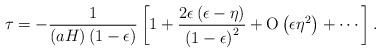
LaTeX: \begin{align*}\tau = - {1 \over \left(a H\right) \left(1 - \epsilon\right)}\left[1 + {2 \epsilon \left(\epsilon - \eta\right) \over \left(1 - \epsilon\right)^2} + {\rm O}\left(\epsilon \eta^2\right) + \cdots\right].\end{align*}